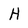
Character: H